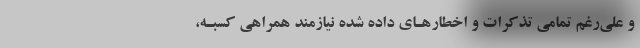
و علی­رغم تمامی تذکرات و اخطارهـای داده شده نیازمند همراهی کسبـه،